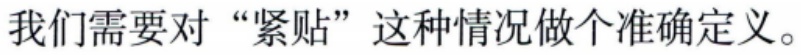
我们需要对 “紧贴” 这种情况做个准确定义。